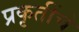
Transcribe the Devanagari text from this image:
प्रकृतींचे